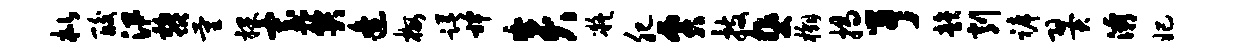
枇酸汛黎量裸寡关逄梅躇裨炎凝肥贾技斐槲揭予韵削裤翼灞妃